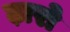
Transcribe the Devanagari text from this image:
ढ़ारो